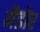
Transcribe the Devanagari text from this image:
मैडोर